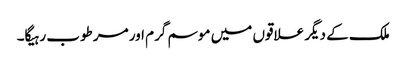
ملک کے دیگر علاقوں میں موسم گرم اور مرطوب رہیگا۔